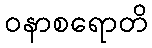
ဝနာစရောတိ